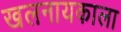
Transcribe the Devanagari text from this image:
खलनायकाला